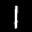
Label: 1